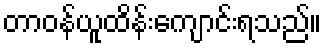
တာဝန်ယူထိန်းကျောင်းရသည်။